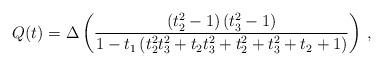
LaTeX: \begin{align*}Q(t) = \Delta \left({\frac { \left( t_2^2-1 \right) \left( t_3^2-1 \right) }{1-t_1 \left( t_2^2t_3^2+ t_2t_3^2+t_2^2+t_3^2+t_2+1 \right) }}\right)\,, \end{align*}